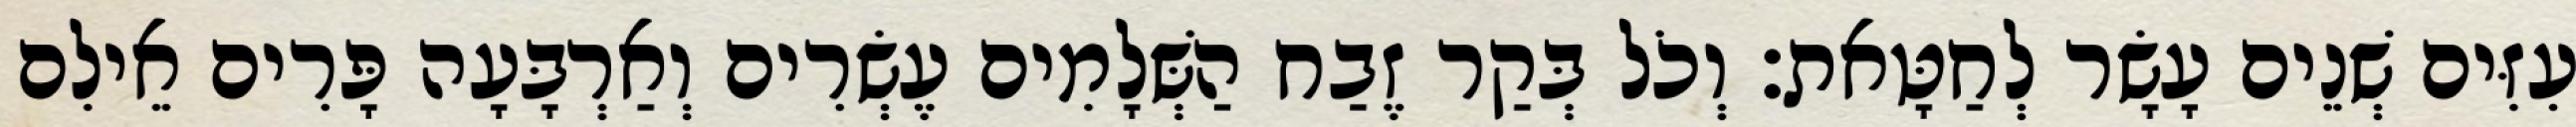
עִזִּים שְׁנֵים עָשָׂר לְחַטָּאת׃ וְכֹל בְּקַר זֶבַח הַשְּׁלָמִים עֶשְׂרִים וְאַרְבָּעָה פָּרִים אֵילִם